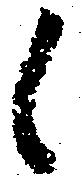
候